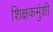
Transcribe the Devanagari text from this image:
शिक्षकमुंशी